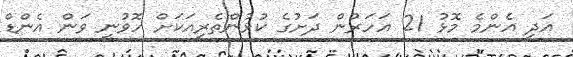
އަދި އެންމެ މޮޅު 21 އަހަރުން ދަށުގެ ކުޅުންތެރިއަކަށް ހޮވުނީ ވަން އެންޑް